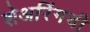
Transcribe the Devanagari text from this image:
शेअरिंगची